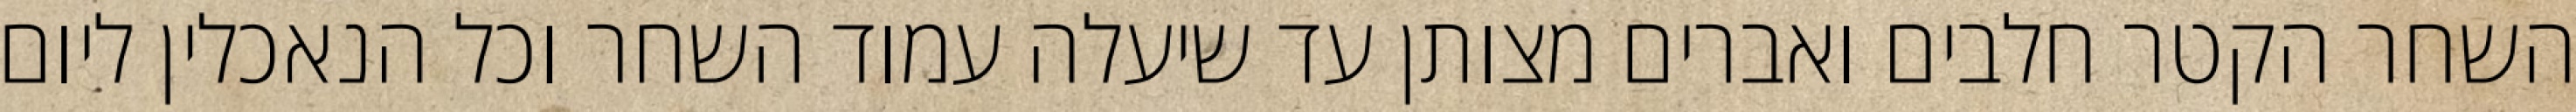
השחר הקטר חלבים ואברים מצותן עד שיעלה עמוד השחר וכל הנאכלין ליום